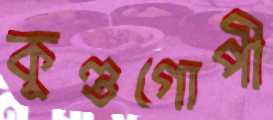
কুণ্ডগোপী